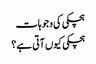
ہچکی کی وجوہات
ہچکی کیوں آتی ہے؟